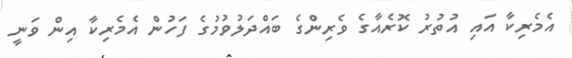
އެމެރިކާ އައި އުތުުރު ކޮރެއާގެ ވެރިންގެ ބައްދަލުވުމުގެ ފަހުން އެމެރިކާ އިން ވަނީ